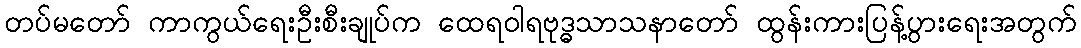
တပ်မတော် ကာကွယ်ရေးဦးစီးချုပ်က ထေရဝါရဗုဒ္ဓသာသနာတော် ထွန်းကားပြန့်ပွားရေးအတွက်